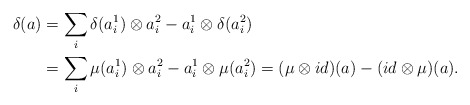
\begin{align*} \delta (a) &= \sum _{i}\delta (a_{i}^{1})\otimes a_{i}^{2}-a_{i}^{1}\otimes \delta (a_{i}^{2})\\ &=\sum _{i}\mu (a_{i}^{1})\otimes a_{i}^{2}- a_{i}^1\otimes \mu (a_{i}^{2})=(\mu \otimes id) (a) - (id \otimes \mu )(a).\end{align*}